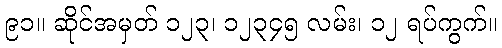
၉၁။ ဆိုင်အမှတ် ၁၂၃၊ ၁၂၃၄၅ လမ်း၊ ၁၂ ရပ်ကွက်။